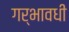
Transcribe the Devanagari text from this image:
गर्भावधी